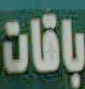
باقات